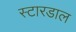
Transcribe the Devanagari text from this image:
स्टारडाल